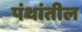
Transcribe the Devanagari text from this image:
पंथांतील